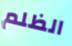
الظلم